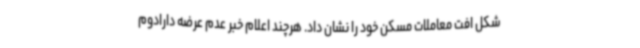
شکل افت معاملات مسکن خود را نشان داد. هرچند اعلام خبر عدم عرضه دارادوم